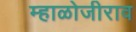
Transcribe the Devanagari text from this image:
म्हाळोजीराव